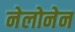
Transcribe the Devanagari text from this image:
नेलोनेन